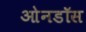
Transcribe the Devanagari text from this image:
ओनडॉस